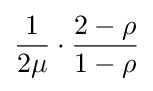
{\frac {1}{2\mu }}\cdot {\frac {2-\rho }{1-\rho }}